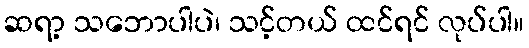
ဆရာ့ သဘောပါပဲ၊ သင့်တယ် ထင်ရင် လုပ်ပါ။